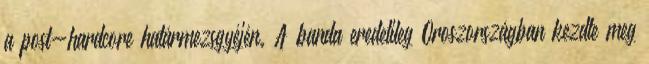
a post-hardcore határmezsgyéjén. A banda eredetileg Oroszországban kezdte meg